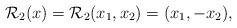
LaTeX: \begin{align*} \mathcal R_2 (x)= \mathcal R_2 (x_1,x_2) = (x_1,-x_2),\end{align*}